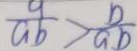
\frac { a } { a b } > \frac { b } { a b }